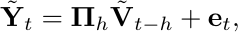
\begin{equation*}
     \Tilde{\mathbf{Y}}_t =\mathbf{\Pi}_h\Tilde{\mathbf{V}}_{t-h} + \mathbf{e}_t,
\end{equation*}